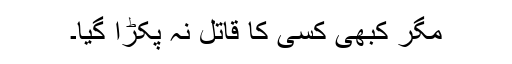
مگر کبھی کسی کا قاتل نہ پکڑا گیا۔